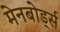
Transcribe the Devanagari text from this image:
मेनबोर्ड्स